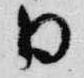
日